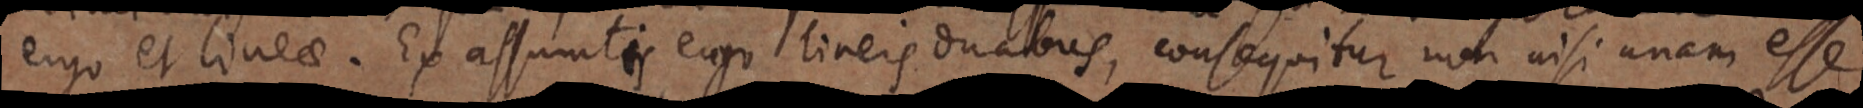
ergo et lineae. Ex assumtis ergo lineis duabus, consequitur non nisi unam esse